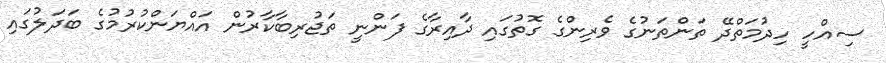
ސިއްހީ ހިދުމަތްދޭ ތަންތަނުގެ ވެރިންގެ ގޮތުގައި ދާއިރާގެ ފަންނީ ތަޖުރިބާކާރުން އައްޔަންކުރުމުގެ ބަދަލުގައި